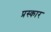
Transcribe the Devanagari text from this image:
प्रस्कार